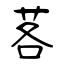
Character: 茖